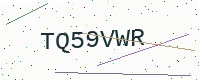
Text: TQ59VWR